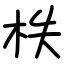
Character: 柣